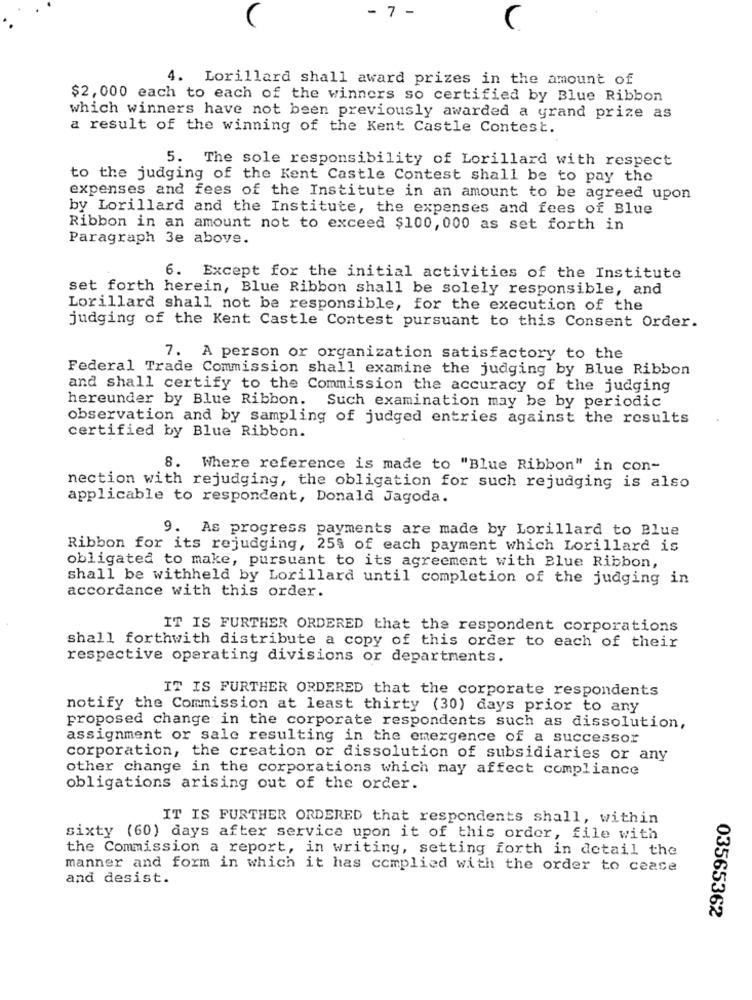
- 7 -
C
4. Lorillard shall award prizes in the amount of
$2,000 each to each of the winners so certified by Blue Ribbon
which winners have not been previously awarded a grand prize as
a result of the winning of the Kent Castle Contest.
5. The sole responsibility of Lorillard with respect
to the judging of the Kent Castle Contest shall be to pay the
expenses and fees of the Institute in an amount to be agreed upon
by Lorillard and the Institute, the expenses and fees of Blue
Ribbon in an amount not to exceed $100, 000 as set forth in
Paragraph 3e above.
6. Except for the initial activities of the Institute
set forth herein, Blue Ribbon shall be solely responsible, and
Lorillard shall not be responsible, for the execution of the
judging of the Kent Castle Contest pursuant to this Consent Order.
7. A person or organization satisfactory to the
Federal Trade Commission shall examine the judging by Blue Ribbon
and shall certify to the Commission the accuracy of the judging
hereunder by Blue Ribbon. Such examination may be by periodic
observation and by sampling of judged entries against the results
certified by Blue Ribbon.
8. Where reference is made to "Blue Ribbon" in con-
nection with rejudging, the obligation for such rejudging is also
applicable to respondent, Donald Jagoda.
9. As progress payments are made by Lorillard to Blue
Ribbon for its rejudging, 25% of each payment which Lorillard is
obligated to make, pursuant to its agreement with Blue Ribbon,
shall be withheld by Lorillard until completion of the judging in
accordance with this order.
IT IS FURTHER ORDERED that the respondent corporations
shall forthwith distribute a copy of this order to each of their
respective operating divisions or departments.
IT IS FURTHER ORDERED that the corporate respondents
notify the Commission at least thirty (30) days prior to any
proposed change in the corporate respondents such as dissolution,
assignment or sale resulting in the emergence of a successor
corporation, the creation or dissolution of subsidiaries or any
other change in the corporations which may affect compliance
obligations arising out of the order.
IT IS FURTHER ORDERED that respondents shall, within
sixty (60) days after service upon it of this order, file with
the Commission a report, in writing, setting forth in detail the
manner and form in which it has complied with the order to cease
and desist.
03565362